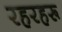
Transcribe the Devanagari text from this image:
रहरहरू